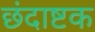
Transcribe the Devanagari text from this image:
छंदाष्टक